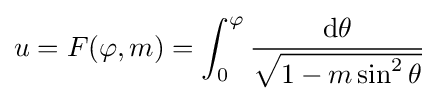
u=F(\varphi ,m)=\int _{0}^{\varphi }{\frac {\mathrm {d} \theta }{\sqrt {1-m\sin ^{2}\theta }}}